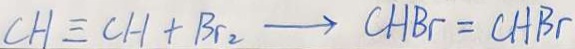
C H \equiv C H + B r _ { 2 } \rightarrow C H B r = C H B r